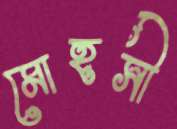
মোহসী